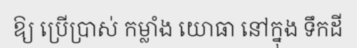
ឱ្យ ប្រើប្រាស់ កម្លាំង យោធា នៅក្នុង ទឹកដី